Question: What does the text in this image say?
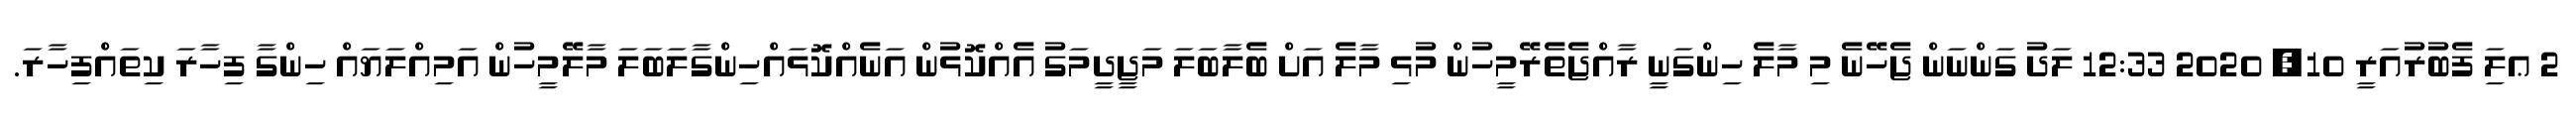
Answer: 2 ޢލަި ފެބުރުއަރީ 10, 2020 12:33 ލަދު ގަންނަން ޖެހޭނެ މި މާލެ ހިންގަނީ ރާއްޖެތެރޭމީހުން މުޅި މާލެ އަށް ބެލާބަލަ މަޖީދީމަގު އެއްކޮޅުން އަނެއްކޮޅައްހިންގާލަބަލަ މާލޭމީހުން އަމިއްލަޔައް ހިންގާ ފިހާރަ ކިތައްފިހާރަ.